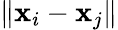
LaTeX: \| \mathbf{x}_{i}-\mathbf{x}_{j}\|